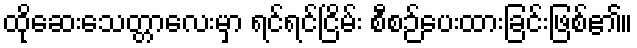
ထိုဆေးသေတ္တာလေးမှာ ရင်ရင်ငြိမ်း စီစဉ်ပေးထားခြင်းဖြစ်၏။